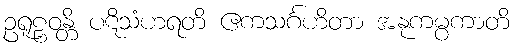
ဥရူဠှဝန္တိ ပဋိသံဟရတိ ဧကသင်္ဂဟိတာ အနုကမ္ပကာတိ